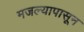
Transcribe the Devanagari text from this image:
मजल्यापासून